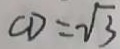
C D = \sqrt { 3 }